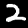
Digit: 2